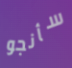
سأنجو